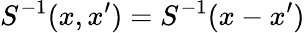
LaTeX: S^{-1}(x,x^{\prime})=S^{-1}(x-x^{\prime})